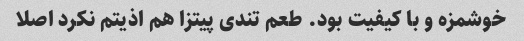
خوشمزه و با کیفیت بود. طعم تندی پیتزا هم اذیتم نکرد اصلا